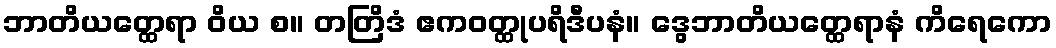
ဘာတိယတ္ထေရာ ဝိယ စ။ တတြိဒံ ဧကဝတ္ထုပရိဒီပနံ။ ဒွေဘာတိယတ္ထေရာနံ ကိရေကော